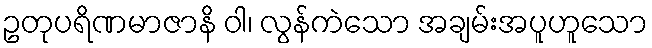
ဥတုပရိဏမာဇာနိ ဝါ၊ လွန်ကဲသော အချမ်းအပူဟူသော